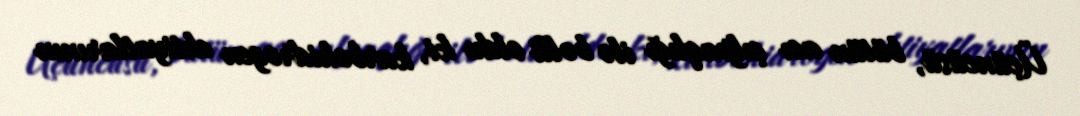
Üçüncüsü, bütün acı çılpaqlığı ilə bəlli oldu ki, karbohidrogen ehtiyatlarının